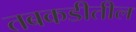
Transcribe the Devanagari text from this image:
तबकडीतील